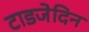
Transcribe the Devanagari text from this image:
टाडजेदिन